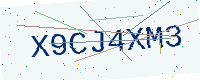
Text: X9CJ4XM3